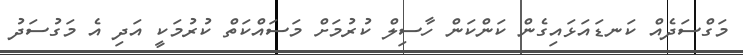
މަގްސަދެއް ކަނޑައަޅައިގެން ކަންކަން ހާސިލް ކުރުމަށް މަސައްކަތް ކުރުމަކީ އަދި އެ މަގުސަދު